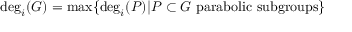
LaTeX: \deg _ { i } ( G ) = \operatorname* { m a x } \{ \deg _ { i } ( P ) | P \subset G { \mathrm { ~ p a r a b o l i c ~ s u b g r o u p s } } \}